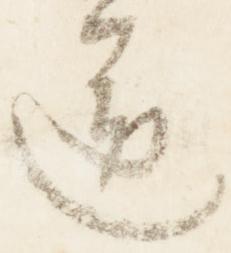
送